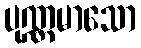
ပုဏ္ဏမာသော